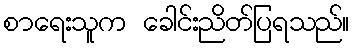
စာရေးသူက ခေါင်းညိတ်ပြရသည်။